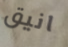
انيق